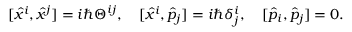
[ \hat { x } ^ { i } , \hat { x } ^ { j } ] = i \hbar \Theta ^ { i j } , \quad [ \hat { x } ^ { i } , \hat { p } _ { j } ] = i \hbar \delta _ { j } ^ { i } , \quad [ \hat { p } _ { i } , \hat { p } _ { j } ] = 0 .